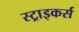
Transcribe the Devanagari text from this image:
स्‍ट्राइकर्स